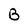
Character: B